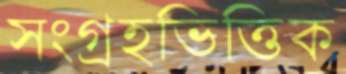
সংগ্রহভিত্তিক